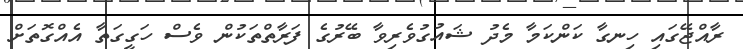
ރާއްޖޭގައި ހިނގާ ކަންކަމާ މެދު ޝައުގުވެރިވާ ބޭރުގެ ފަރާތްތަކުން ވެސް ހަގީގަތާ އެއްގޮތަށް